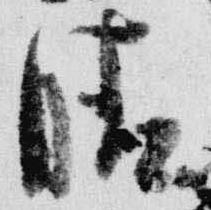
晴